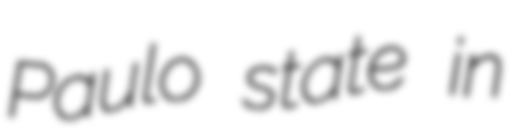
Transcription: Paulo state in